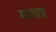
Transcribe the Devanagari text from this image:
मद्यपात्र